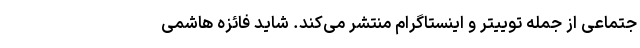
جتماعی از جمله توییتر و اینستاگرام منتشر می‌کند. شاید فائزه هاشمی‌